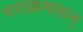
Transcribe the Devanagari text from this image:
पराक्रमवान्